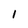
Character: 1